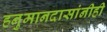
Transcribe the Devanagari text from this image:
हनुमानदासांनीही